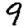
Digit: 9